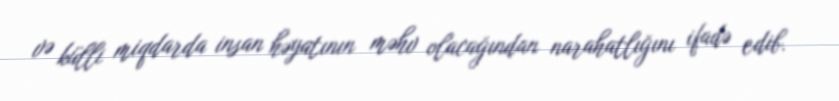
və külli miqdarda insan həyatının məhv olacağından narahatlığını ifadə edib.